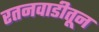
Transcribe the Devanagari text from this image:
रतनवाडीतून